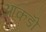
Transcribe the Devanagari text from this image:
आकडोँ